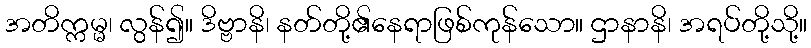
အတိက္ကမ္မ၊ လွန်၍။ ဒိဗ္ဗာနိ၊ နတ်တို့၏နေရာဖြစ်ကုန်သော။ ဌာနာနိ၊ အရပ်တို့သို့။